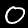
Digit: 0